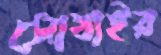
সোবাইর